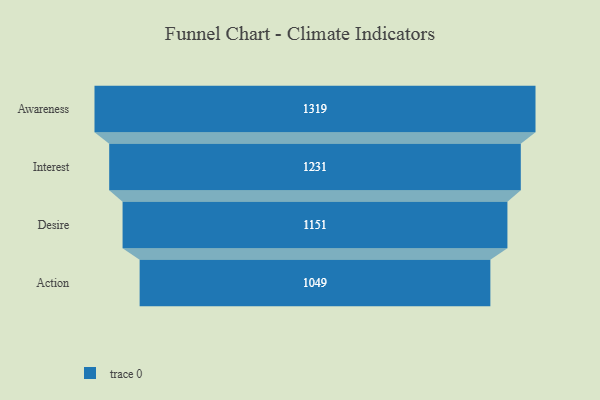
{"axis": {"x": "Stage", "y": "Value"}, "legend": [""], "data": [{"x": "Awareness", "y": 1319.0, "type": ""}, {"x": "Interest", "y": 1231.0, "type": ""}, {"x": "Desire", "y": 1151.0, "type": ""}, {"x": "Action", "y": 1049.0, "type": ""}]}